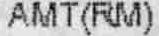
AMT(RM)